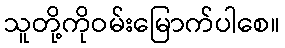
သူတို့ကိုဝမ်းမြောက်ပါစေ။